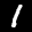
Label: 1